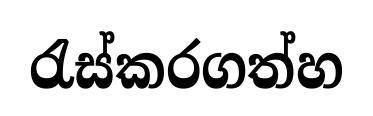
රැස්කරගත්හ